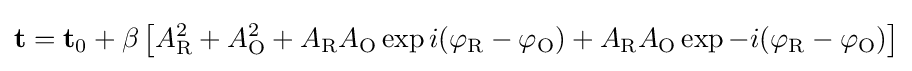
\mathbf {t} =\mathbf {t} _{0}+\beta \left[A_{\text{R}}^{2}+A_{\text{O}}^{2}+A_{\text{R}}A_{\text{O}}\exp {i(\varphi _{\text{R}}-\varphi _{\text{O}})}+A_{\text{R}}A_{\text{O}}\exp {-i(\varphi _{\text{R}}-\varphi _{\text{O}})}\right]